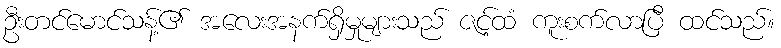
ဦးတင်မောင်သန့်၏ အလေးအနက်ရှိမှုများသည် ဇင့်ထံ ကူးစက်လာပြီ ထင်သည်။